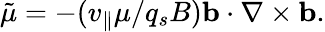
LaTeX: \tilde{\mu}=-(v_{\parallel}\mu/q_{s}B)\mathbf{b}\cdot\nabla\times\mathbf{b}.